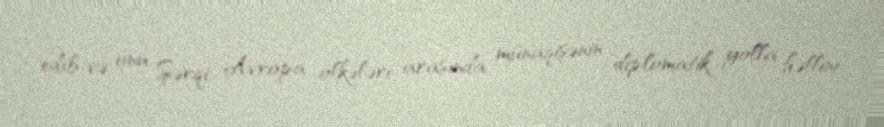
edib və onu Şərqi Avropa ölkələri arasında münaqişənin diplomatik yolla həllini